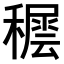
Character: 𥢘